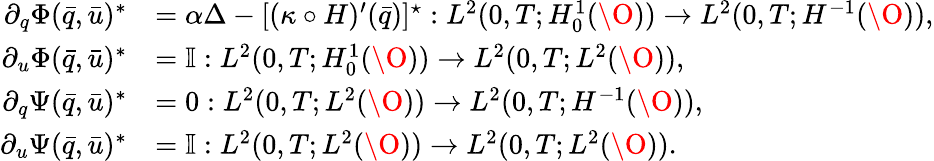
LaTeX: \begin{array}{rl}{\partial_{q}\Phi(\bar{q},\bar{u})^{\ast}}&{=\alpha\Delta-[(\kappa\circ H)^{\prime}(\bar{q})]^{\star}:L^{2}(0,T;H_{0}^{1}(\O))\to L^{2}(0,T;H^{-1}(\O)),}\\ {\partial_{u}\Phi(\bar{q},\bar{u})^{\ast}}&{=\mathbb{I}:L^{2}(0,T;H_{0}^{1}(\O))\to L^{2}(0,T;L^{2}(\O)),}\\ {\partial_{q}\Psi(\bar{q},\bar{u})^{\ast}}&{=0:L^{2}(0,T;L^{2}(\O))\to L^{2}(0,T;H^{-1}(\O)),}\\ {\partial_{u}\Psi(\bar{q},\bar{u})^{\ast}}&{=\mathbb{I}:L^{2}(0,T;L^{2}(\O))\to L^{2}(0,T;L^{2}(\O)).}\end{array}